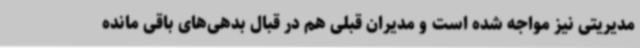
مدیریتی نیز مواجه شده است و مدیران قبلی هم در قبال بدهی‌های باقی مانده